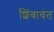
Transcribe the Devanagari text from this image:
शिंबावंत